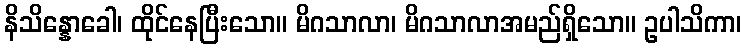
နိသိန္နောခေါ၊ ထိုင်နေပြီးသော။ မိဂသာလာ၊ မိဂသာလာအမည်ရှိသော။ ဥပါသိကာ၊